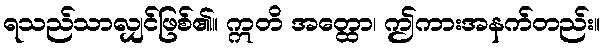
ရသည်သာလျှင်ဖြစ်၏။ ဣတိ အတ္ထော၊ ဤကားအနက်တည်း။